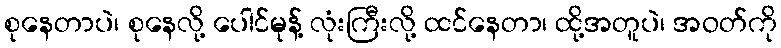
စုနေတာပဲ၊ စုနေလို့ ပေါင်မုန့် လုံးကြီးလို့ ထင်နေတာ၊ ထို့အတူပဲ၊ အဝတ်ကို